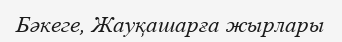
Бәкеге, Жауқашарға жырлары